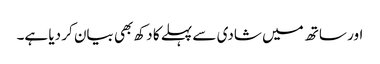
اور ساتھ میں‌ شادی سے پہلے کا دکھ بھی بیان کر دیا ہے۔